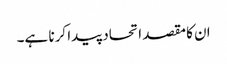
ان کا مقصد اتحاد پیدا کرنا ہے۔